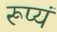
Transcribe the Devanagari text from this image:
रूप्यं